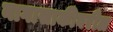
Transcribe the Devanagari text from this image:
नागासाकीवरील